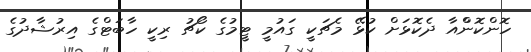
ހޮންކޮންްއާ ދެކޮޅަށް ކުޅޭ މެޗަކީ ގައުމީ ޓީމުގެ ކޯޗު ރިކީ ހާބަޓްގެ އިރުޝާދުގެ